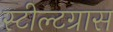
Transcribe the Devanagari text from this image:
स्टील्टग्रास